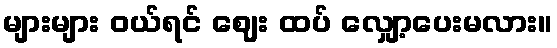
များများ ဝယ်ရင် ဈေး ထပ် လျှော့ပေးမလား။